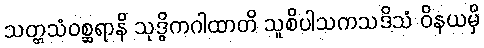
သတ္တသံဝစ္ဆရာနိ သုဒ္ဓိကဂါထာတိ သူစိပါသကသဒိသံ ဝိနယမှိ